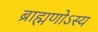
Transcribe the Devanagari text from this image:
ब्राह्मणोऽस्य